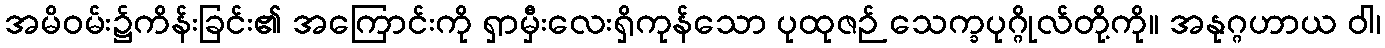
အမိဝမ်း၌ကိန်းခြင်း၏ အကြောင်းကို ရှာမှီးလေးရှိကုန်သော ပုထုဇဉ် သေက္ခပုဂ္ဂိုလ်တို့ကို။ အနုဂ္ဂဟာယ ဝါ၊